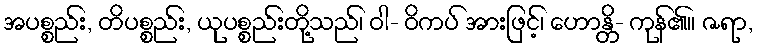
အပစ္စည်း, တိပစ္စည်း, ယုပစ္စည်းတို့သည်၊ ဝါ- ဝိကပ် အားဖြင့်၊ ဟောန္တိ- ကုန်၏။ ဇရာ,